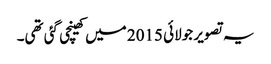
یہ تصویر جولائی 2015 میں کھینچی گئی تھی۔